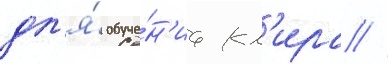
дл'я́ обуче́н'иа кл'ира //